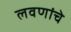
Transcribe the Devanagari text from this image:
लवणांचे